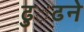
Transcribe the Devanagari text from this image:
ढु॑ढने